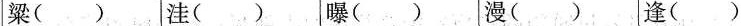
粱（） 洼（） 曝（） 漫（）逢（）